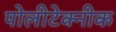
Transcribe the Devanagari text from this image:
पोलीटेक्नीक